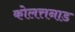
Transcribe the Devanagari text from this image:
कोलत्तनाड